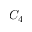
C _ { 4 }